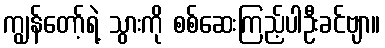
ကျွန်တော့်ရဲ့ သွားကို စစ်ဆေးကြည့်ပါဦးခင်ဗျာ။